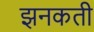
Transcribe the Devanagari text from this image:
झनकती